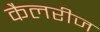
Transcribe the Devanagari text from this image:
कैलरीज